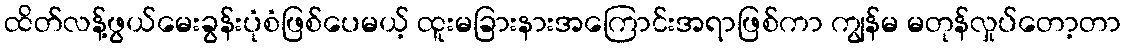
ထိတ်လန့်ဖွယ်မေးခွန်းပုံစံဖြစ်ပေမယ့် ထူးမခြားနားအကြောင်းအရာဖြစ်ကာ ကျွန်မ မတုန်လှုပ်တော့တာ